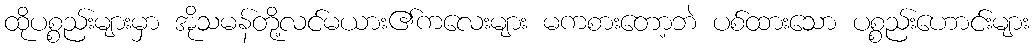
ထိုပစ္စည်းများမှာ အိုသမန်တို့လင်မယား၏ကလေးများ မကစားတော့ဘဲ ပစ်ထားသော ပစ္စည်းဟောင်းများ